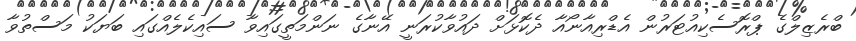
ބްރެޒިލްގެ ޕްރޮސެކިއުޓަރުން އެޑްރިއާނޯއާ ދެކޮޅަށް ދައުވާކުރަނީ އޭނާގެ ނަންމަތީގައިވާ ސައިކެލެއްގައި ބަޔަކު މަސްތުވާ